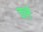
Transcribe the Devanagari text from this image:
क्लै